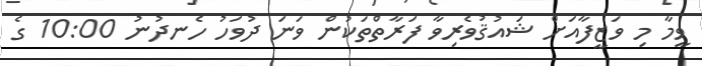
ވީމާ މި ވަޒީފާއަށް ޝައުޤުވެރިވާ ފަރާތްތަކުން ވަނަ ދުވަހު ހެނދުނު 10:00 ގެ